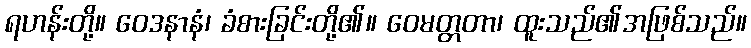
ရဟန်းတို့။ ဝေဒနာနံ၊ ခံစားခြင်းတို့၏။ ဝေမတ္တတာ၊ ထူးသည်၏အဖြစ်သည်။